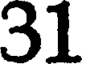
31